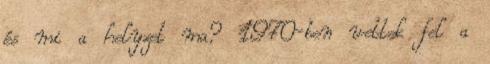
és mi a helyzet ma? 1970-ben vettek fel a